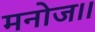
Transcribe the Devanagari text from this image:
मनोज।।